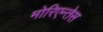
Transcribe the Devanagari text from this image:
मोरिएन्तेस